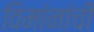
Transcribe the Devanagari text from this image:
विमांनांची